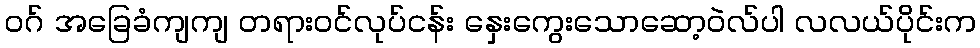
ဝဂ် အခြေခံကျကျ တရားဝင်လုပ်ငန်း နှေးကွေးသောဆော့ဝဲလ်ပါ လလယ်ပိုင်းက